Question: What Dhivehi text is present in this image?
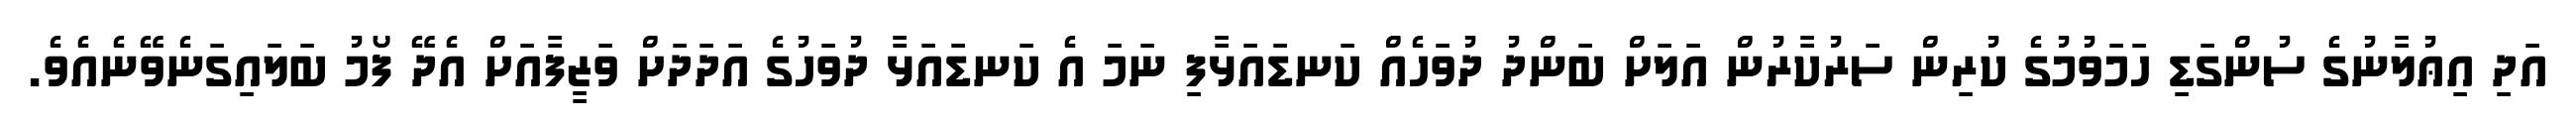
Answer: އަދި އިޢުލާނުގެ ސުންގަޑި ހަމަވުމުގެ ކުރިން ސަރުކާރުން އަލަށް ބަންދު ދުވަހެއް ކަނޑައަޅާފި ނަމަ އެ ކަނޑައަޅާ ދުވަހުގެ އަދަދަށް ވަޒީފާއަށް އެދޭ ފޯމު ބަލައިގަނެވޭނެއެވެ.